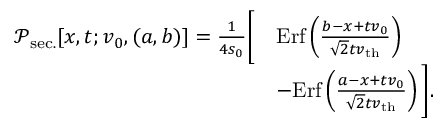
\begin{array} { r l } { \mathcal { P } _ { \mathrm { s e c . } } [ x , t ; v _ { 0 } , ( a , b ) ] = \frac { 1 } { 4 s _ { 0 } } \bigg [ } & { \mathrm { E r f } \left( \frac { b - x + t v _ { 0 } } { \sqrt { 2 } t v _ { \mathrm { t h } } } \right) } \\ & { - \mathrm { E r f } \left( \frac { a - x + t v _ { 0 } } { \sqrt { 2 } t v _ { \mathrm { t h } } } \right) \bigg ] . } \end{array}